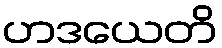
ဟဒယေတိ